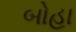
બોહા